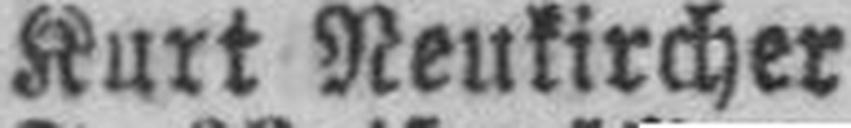
Kurt Neukircher